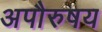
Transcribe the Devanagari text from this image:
अपौरुषय